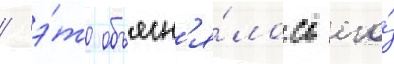
/ э́то объясн'я́лось его́